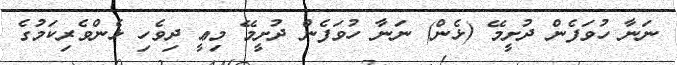
ނަނާ ހުވަފެން ދުށީމޭ (ޅެން) ނަނާ ހުވަފެން ދުށީމޭ މިޢީ ދިވެހި ޅެންވެރިކަމުގެ